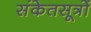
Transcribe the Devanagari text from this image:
संकेतसूत्रों